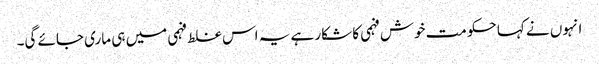
انہوں نے کہا حکومت خوش فہمی کا شکار ہے یہ اس غلط فہمی میں ہی ماری جائے گی۔